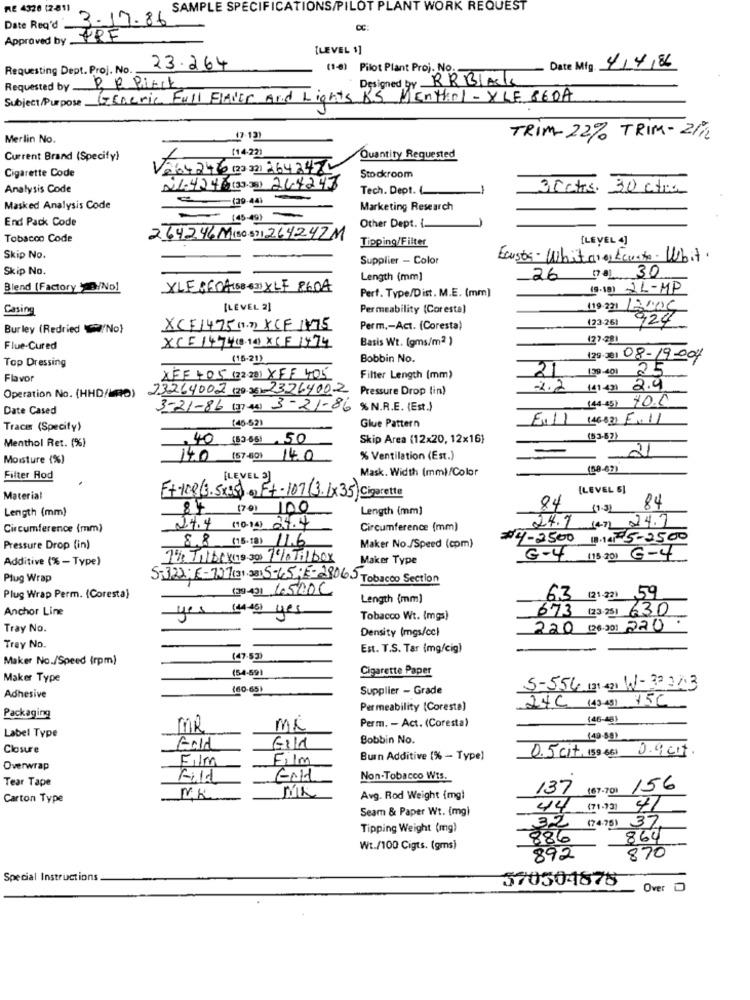
RE 4328 (2-81)
SAMPLE SPECIFICATIONS/PILOT PLANT WORK REQUEST
3.17.86
Date Req'd
Approved by
PPF
[LEVEL 1]
Requesting Dept. Proj. No.
23.264
(1-4) Pilot Plant Proj. No.
Date Mig. 4/4/86
Designed by RRBLACK
Requested by _
Subject/Purpose.
Generic Full FlavEr And Lights BS Menthol - YLE 860A
Merlin No.
TRIM- 22% TRIM - 21%
Current Brand (Specify)
(14.22)
Quantity Requested
Cigarette Code
V264246 (23 32) 264247
Stockroom
Analysis Code
21.4246 (33.3) 244247
Tech. Dept. (
3Cats. 30 ctra
(20-44)
Masked Analysis Code
Marketing Research
End Pack Code
Other Dept. i.
Tobacco Code
264246M(30-89) 264242M
[LEVEL 4]
Tipping/Filter
Skip No.
Supplier - Color
Ecustos-White , Ecusto. Whit.
Skip No.
Length (mm]
26 (na) 30
Blend (Factory D/No)
XLERFDA (68-63) XLF 8604
Perf. Type/Dist. M.E. (mm]
(9-18) IL-MP
Casing
[LEVEL 2]
Permeability (Coresta)
119-231 12006
(23-26)
924
Burley (Redried No}
XCF1475 (1.7) XCF 1475
Perm .- Act. (Coresta)
Basis Wt. (gms/m2 )
177.281
Flue-Cured
XCE 14741810XCF 1474
Top Dressing
(15-211
Bobbin No.
125 Del 08-19-001
21
(29-401 25
Flavor
XFF405 (22 28) XFF 405
Filter Length (mm)
23264002 (20.36) 23264002
Pressure Drop (in)
-2.2
(41-421 2.9
Operation No. (HHD/MRD)
(44 45) 100
Date Cased
3-21-86 (3) 44) 3-21-86 % N.R.E. (Est.)
Glue Pattern
E41) (46830 5.11
Trace (Specify)
(45-52)
Menthol Ret. (%)
. 40 (33) 85) 50
Skip Area (12x20, 12x16)
(93-62)
21
Moisture (%)
140 (57-50) 14.0
% Ventilation (Est.)
Mask. Width (mm)/Color
(58-67)
Filter Rod
[LEVEL 3]
F+-108(3.5x35) .) Ft-107 (3. 1x35) Cigarette
[LEVEL 5]
Material
84
84
Length (mm)
84 (70) 100
Length (mm)
Circumference (mm)
24.4 (10.14) 2.4.4
Circumference (mm)
24.7 (c) 24.7
8.8 (15-18) 11.6
$4-2500 13.145-2500
Pressure Drop (in)
Maker No./Speed (com)
Additive (% - Type)
7% Tilbe rais 30) 7% Tillbox
Maker Type
G-4 (13.201 G-4
Plug Wrap
5-322; E-727(31.28) 5-65; 5-28065 Tobacco Section
(39)-431 4500C
Plug Wrap Perm. (Coresta)
Length (mm)
63 (21.22) 59
Anchor Line
673 (23,25) 630
yes (es) yes
Tobacco Wt. (mgs)
Tray No.
Density (mgs/cc)
220 (26/00) 220
Tray No.
Est. T.S. Tar (mg/cig)
Maker No./Speed (rpm)
(47.53)
(54-591
Cigarette Paper
Maker Type
(60-65)
Supplier - Grade
5-556 131 421 W-32,24.3
Adhesive
24C (43 4) 15C
Permeability (Coresta)
Packaging
(46-48)
Label Type
MR
MR
Perm. - Act. (Coresta)
Bobbin No.
(49-59)
Closure
Gold
Gil1
0.5 cit, (59 66) 0.9 cit.
Film
Burn Additive (% - Type)
Overwrap
Tear Tape
Fild
Non-Tobacco Wts.
137 (67-70) 156
Carton Type
MK
Avg. Rod Weight (mg)
Seam & Paper Wt. (mg)
44 (71.73) 41
Tipping Weight (mg)
32 (74/75) 37
886
864
Wt./100 Cigts. (gms)
892
870
Special Instructions
570504875